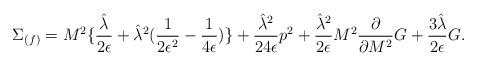
LaTeX: \begin{align*}\Sigma_{(f)} = M^2 \{ {{\hat{\lambda}}\over 2\epsilon} + {\hat{\lambda}}^2 ({1\over 2\epsilon^2} - {1\over 4\epsilon}) \} + {{\hat{\lambda}}^2\over 24\epsilon}p^2 + {{\hat{\lambda}}^2\over 2\epsilon} M^2{\partial\over \partial{M^2}}G + {3\hat{\lambda}\over 2\epsilon}G.\end{align*}